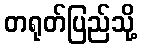
တရုတ်ပြည်သို့